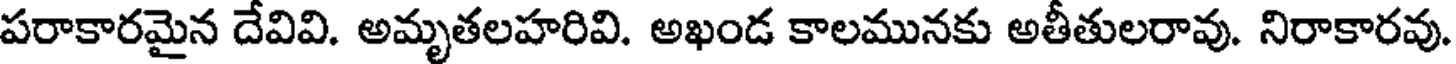
పరాకారమైన దేవివి. అమృతలహరివి. అఖండ కాలమునకు అతీతులరావు. నిరాకారవు.